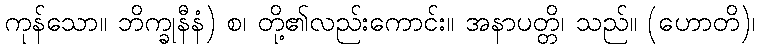
ကုန်သော။ ဘိက္ခုနီနံ) စ၊ တို့၏လည်းကောင်း။ အနာပတ္တိ၊ သည်။ (ဟောတိ)၊